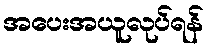
အပေးအယူလုပ်ရန်